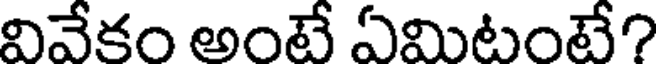
వివేకం అంటే ఏమిటంటే?